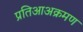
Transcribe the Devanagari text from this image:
प्रतिआअक्रमण